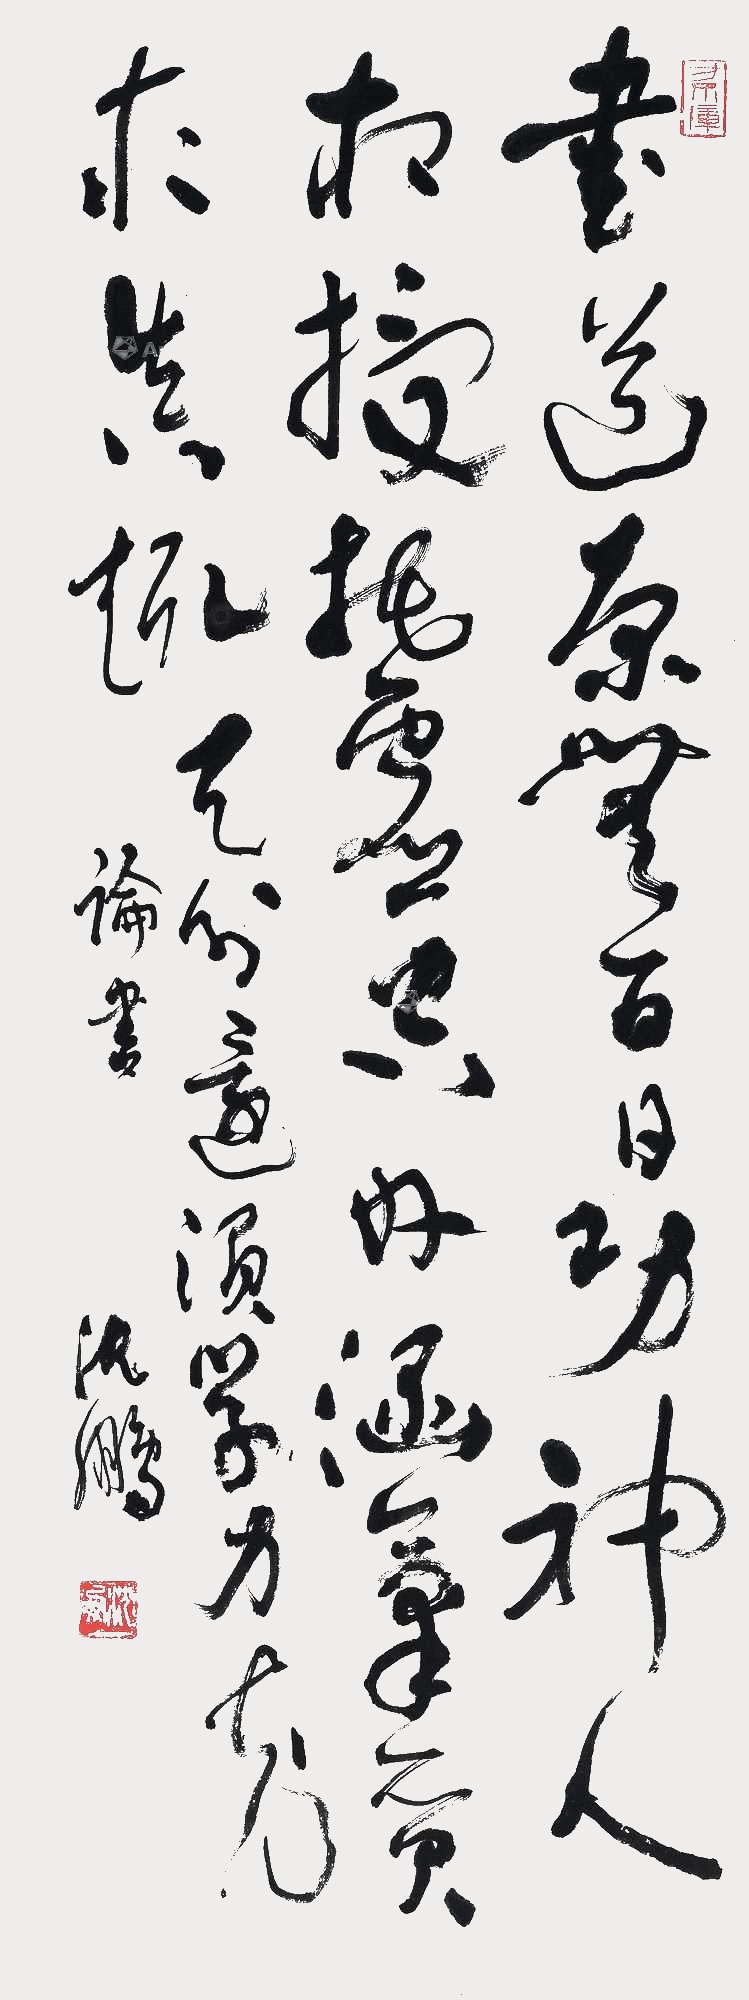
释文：书道原无百日功，神人相授托虚空。内涵精气求真趣，天分还须学力充。论书。沈鹏。